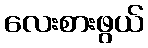
လေးစားဖွယ်